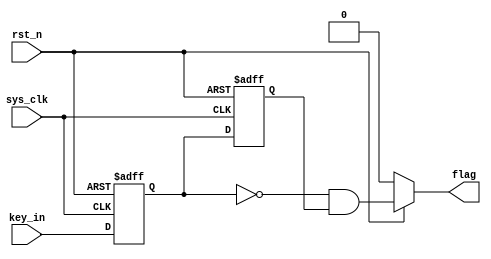
module Touch_key 
(
    input  wire sys_clk, 
    input  wire rst_n,     //异步复位 
    input  wire key_in, 
    output reg  flag               
);
    reg  key1, key2;
    wire flag;
    
    always @(posedge sys_clk, negedge rst_n) begin
        if(rst_n == 1'b0) begin
            key1 <= 1'b0;
            key2 <= 1'b0;
        end
        else begin
            key1 <= key_in;
            key2 <= key1;
        end
    end

    assign flag = rst_n ? ((!key1) & (key2)) : 0;
    
endmodule